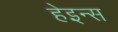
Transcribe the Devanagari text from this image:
हेइन्स